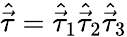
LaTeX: {\hat{\vec{\mathbf{\tau}}}}={\hat{\vec{\mathbf{\tau}}}}_{1}{\hat{\vec{\mathbf{\tau}}}}_{2}{\hat{\vec{\mathbf{\tau}}}}_{3}